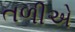
તળીએ